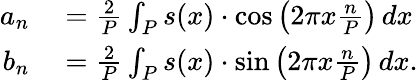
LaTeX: \begin{array}{rl}{a_{n}}&{{}={\frac{2}{P}}\int_{P}s(x)\cdot\cos\left(2\pi x{\frac{n}{P}}\right)\, dx}\\ {b_{n}}&{{}={\frac{2}{P}}\int_{P}s(x)\cdot\sin\left(2\pi x{\frac{n}{P}}\right)\, dx.}\end{array}